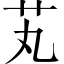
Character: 芄